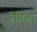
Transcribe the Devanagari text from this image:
ब्रेसिअर